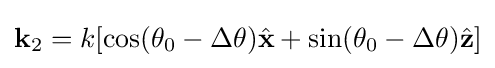
\mathbf {k} _{2}=k[\cos(\theta _{0}-\Delta \theta ){\hat {\mathbf {x} }}+\sin(\theta _{0}-\Delta \theta ){\hat {\mathbf {z} }}]